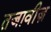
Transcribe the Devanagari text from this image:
तजावीज़